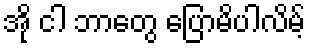
အို ငါ ဘာတွေ ပြောမိပါလိမ့်